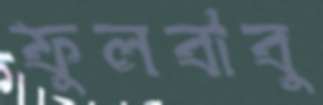
ফুলবাবু